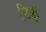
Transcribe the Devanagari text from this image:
टिक्कू